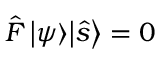
{ \hat { F } } \, { \left| \psi \right\rangle } { \left| { \hat { s } } \right\rangle } = 0